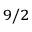
_ { 9 / 2 }